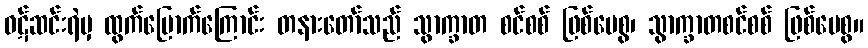
ဝဋ်ဆင်းရဲမှ ထွက်မြောက်ကြောင်း တနားတော်သည် သွာက္ခာတ စင်စစ် ဖြစ်ပေစွ၊ သွာက္ခာတစင်စစ် ဖြစ်ပေစွ။